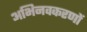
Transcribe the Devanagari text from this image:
अभिनवकरणों